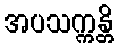
အပသက္ကန္တိ